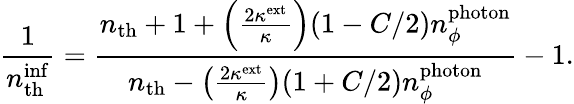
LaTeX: \frac{1}{n_{\mathrm{th}}^{\mathrm{inf}}}=\frac{n_{\mathrm{th}}+1+\left(\frac{2\kappa^{\mathrm{ext}}}{\kappa}\right)(1-C/2)n_{\phi}^{\mathrm{photon}}}{n_{\mathrm{th}}-\left(\frac{2\kappa^{\mathrm{ext}}}{\kappa}\right)(1+C/2)n_{\phi}^{\mathrm{photon}}}-1.